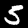
Digit: 5